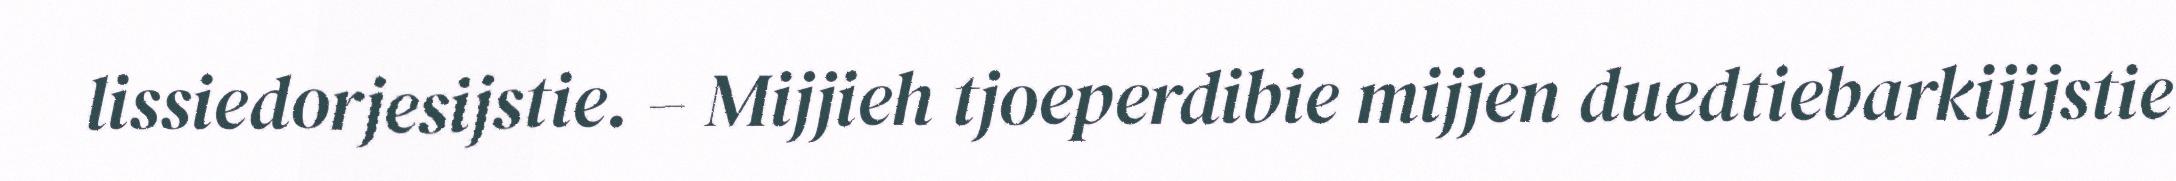
lissiedorjesijstie. – Mijjieh tjoeperdibie mijjen duedtiebarkijijstie